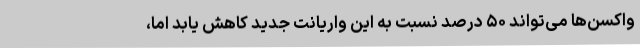
واکسن‌ها می‌تواند ۵۰ درصد نسبت به این واریانت جدید کاهش یابد اما،